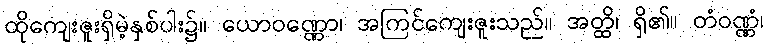
ထိုကျေးဇူးရှိမဲ့နှစ်ပါး၌။ ယောဝဏ္ဏော၊ အကြင်ကျေးဇူးသည်။ အတ္ထိ၊ ရှိ၏။ တံဝဏ္ဏံ၊